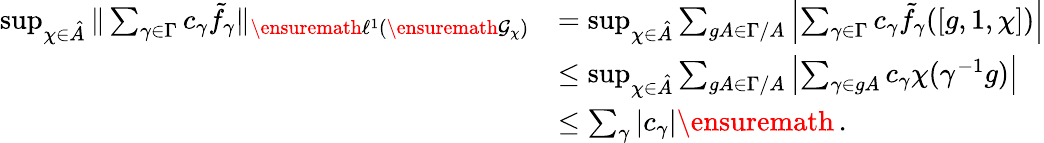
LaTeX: \begin{array}{rl}{\operatorname*{sup}_{\chi\in\hat{A}}\| \sum_{\gamma\in\Gamma}c_{\gamma}\tilde{f}_{\gamma}\| _{\ensuremath{\ell^{1}}(\ensuremath{\mathcal{G}}_{\chi})}}&{=\operatorname*{sup}_{\chi\in\hat{A}}\sum_{gA\in\Gamma/A}\left|\sum_{\gamma\in\Gamma}c_{\gamma}\tilde{f}_{\gamma}([g,1,\chi])\right|}\\ &{\leq\operatorname*{sup}_{\chi\in\hat{A}}\sum_{gA\in\Gamma/A}\left|\sum_{\gamma\in gA}c_{\gamma}\chi(\gamma^{-1}g)\right|}\\ &{\leq\sum_{\gamma}|c_{\gamma}|\ensuremath{\, \mathrm{.}}}\end{array}